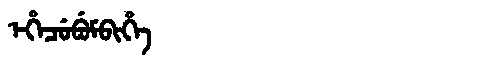
Manchu: ᡝᡥᡝᠴᡠᠪᡠᠮᠪᡳᡥᡝ
Romanization: EHECUBUMBIHE